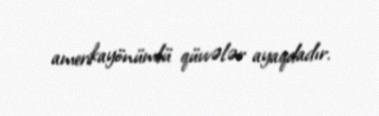
amerikayönümlü qüvvələr ayaqdadır.